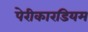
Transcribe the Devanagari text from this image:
पेरीकारडियम